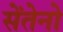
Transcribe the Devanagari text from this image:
सेंतेनो